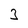
Character: 3